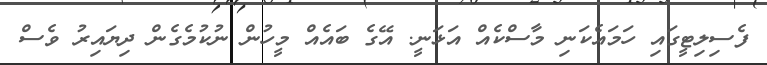
ފެސިލިޓީގައި ހަަމައެކަނި މާސްކެއް އަޅަނީ. އޭގެ ބައެއް މީހުން ނުކުމެގެން ދިޔައިރު ވެސް